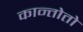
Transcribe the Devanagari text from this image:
कान्तोतो